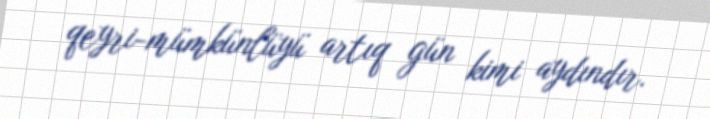
qeyri-mümkünlüyü artıq gün kimi aydındır.